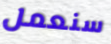
سنعمل